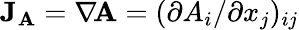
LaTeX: \mathbf{J}_{\mathbf{A}}=\nabla\! \mathbf{A}=(\partial A_{i}/\partial x_{j})_{ij}